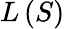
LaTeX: L\left(S\right)